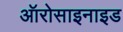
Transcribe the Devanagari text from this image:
ऑरोसाइनाइड